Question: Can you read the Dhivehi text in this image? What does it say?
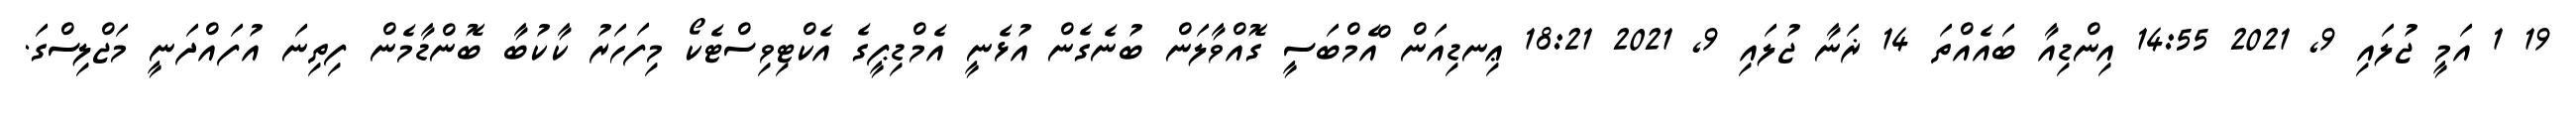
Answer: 19 1 އަމީ ޖުލައި 9, 2021 14:55 އިންޑިއާ ބައެއްތަ 14 ޜަނާ ޖުލައި 9, 2021 18:21 ޢިނޑިއަން ްއެމްބަސީ ގޮއްވާލަން ބުނެގެން އުޅެނީ އެމްޑިޕީގެ އެކްޓިވިސްޓެކޯ މިފަހަރު ކާކުބާ ބޮންޑާމެން ފިތިނަ އުފައްދަނީ މަޖްލިސްގަ.